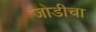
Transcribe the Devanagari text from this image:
जोडीचा